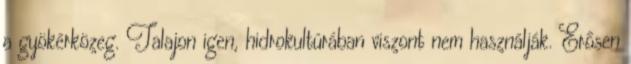
a gyökérközeg. Talajon igen, hidrokultúrában viszont nem használják. Erősen